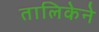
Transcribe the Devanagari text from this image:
तालिकेने